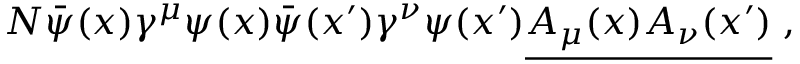
N { \bar { \psi } } ( x ) \gamma ^ { \mu } \psi ( x ) { \bar { \psi } } ( x ^ { \prime } ) \gamma ^ { \nu } \psi ( x ^ { \prime } ) { \underline { { A _ { \mu } ( x ) A _ { \nu } ( x ^ { \prime } ) } } } \; ,